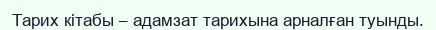
Тарих кітабы – адамзат тарихына арналған туынды.